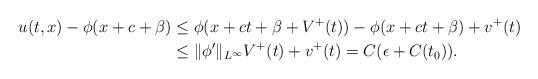
LaTeX: \begin{align*}u(t,x) - \phi(x+c+\beta) &\leq \phi(x+c t +\beta +V^+(t)) - \phi(x+c t+\beta) +v^+(t) \\&\leq \| \phi' \|_{L^\infty} V^+(t) + v^+(t) = C(\epsilon + C(t_0)).\end{align*}